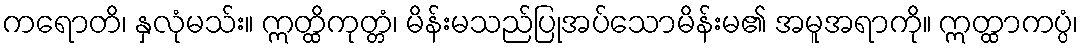
ကရောတိ၊ နှလုံမသ်း။ ဣတ္ထိကုတ္တံ၊ မိန်းမသည်ပြုအပ်သောမိန်းမ၏ အမူအရာကို။ ဣတ္ထာကပ္ပံ၊